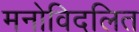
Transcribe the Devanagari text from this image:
मनोविदलित